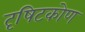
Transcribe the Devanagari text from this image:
दृषिटकोण